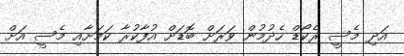
އަދި މެސީ ރެކޯޑް ހެދުމުން ވަރަށް ބޮޑަށް އުފާކުރާ ކަމަށާއި މެސީ އަށް